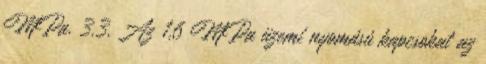
MPa. 3.3. Az 1,6 MPa üzemi nyomású kapcsokat az